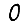
Digit: 0